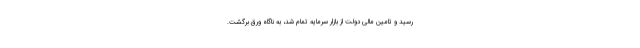
رسید و تامین مالی دولت از بازار سرمایه تمام شد، به ناگاه ورق برگشت.